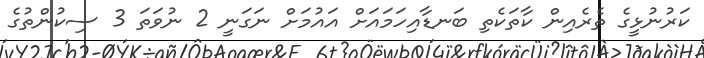
ކަރުނުޅީގެ ތެރެއިން ކާތަކެތި ބަނޑާއިހަމައަށް އައުމަށް ނަގަނީ 2 ނުވަތަ 3 ސިކުންތުގެ